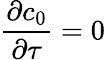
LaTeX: \frac{\partial c_{0}}{\partial\tau}=0